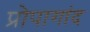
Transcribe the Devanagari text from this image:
प्रोपागांद